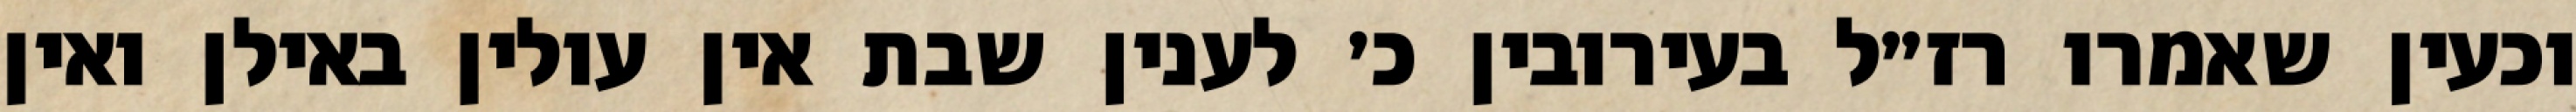
וכעין שאמרו רז״ל בעירובין כ׳ לענין שבת אין עולין באילן ואין